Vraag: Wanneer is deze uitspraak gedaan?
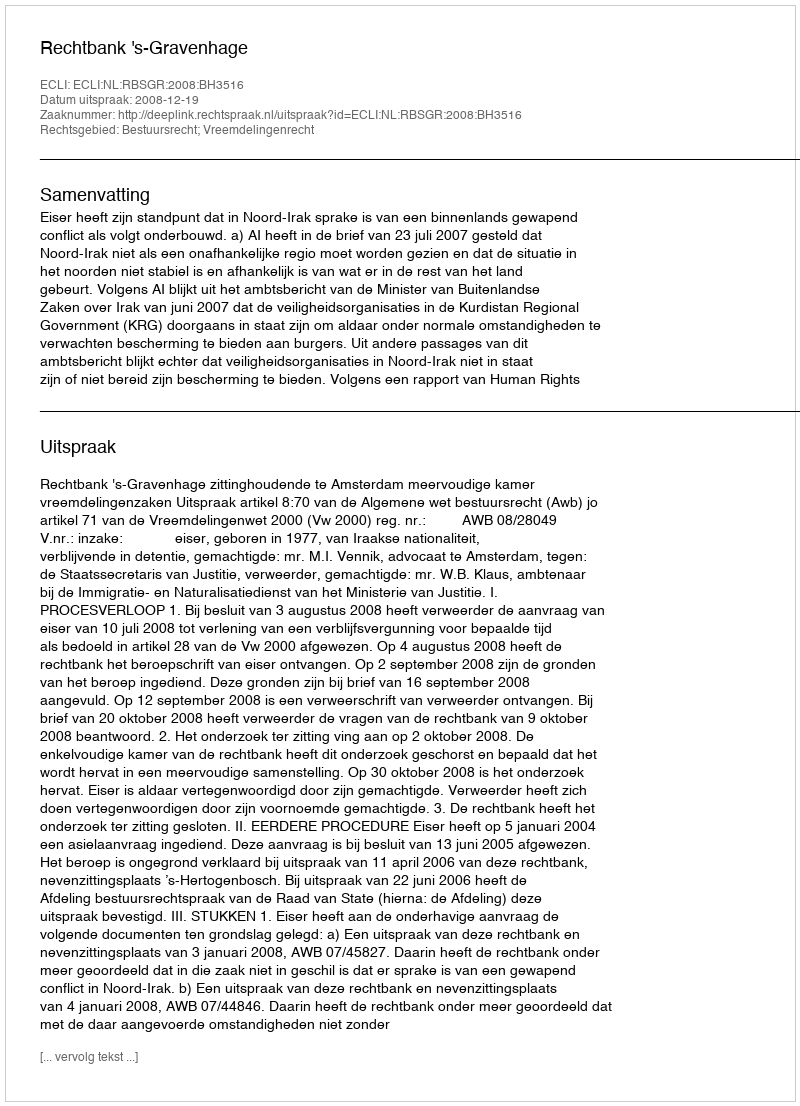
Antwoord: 2008-12-19